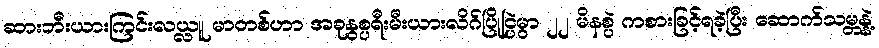
ဆားဘီးယားကြင်းလယ္လူ မာတစ်ဟာ အခုနွစ္ပရီးမီးယားလိဂ်ပြိုင္ပြဲမွာ ၂၂ မိနစ္ပဲ ကစားခြင့်ရခဲ့ပြီး ဆောက်သမ္တန္နဲ့